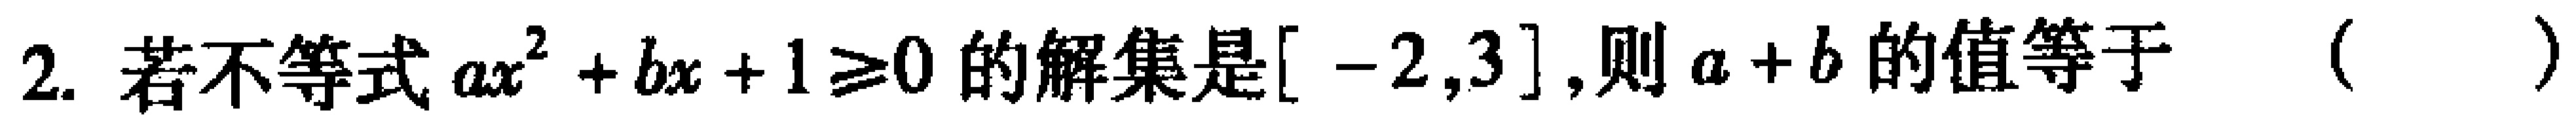
2. 若不等式\(ax^{2}+bx + 1\geq0\)的解集是\([-2,3]\),则\(a + b\)的值等于（  ）